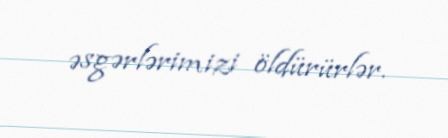
əsgərlərimizi öldürürlər.